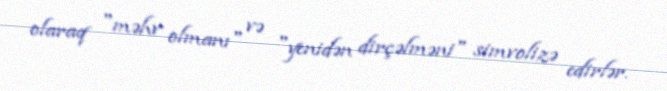
olaraq "məhv olmanı" və "yenidən dirçəlməni" simvolizə edirlər.